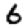
Digit: 6